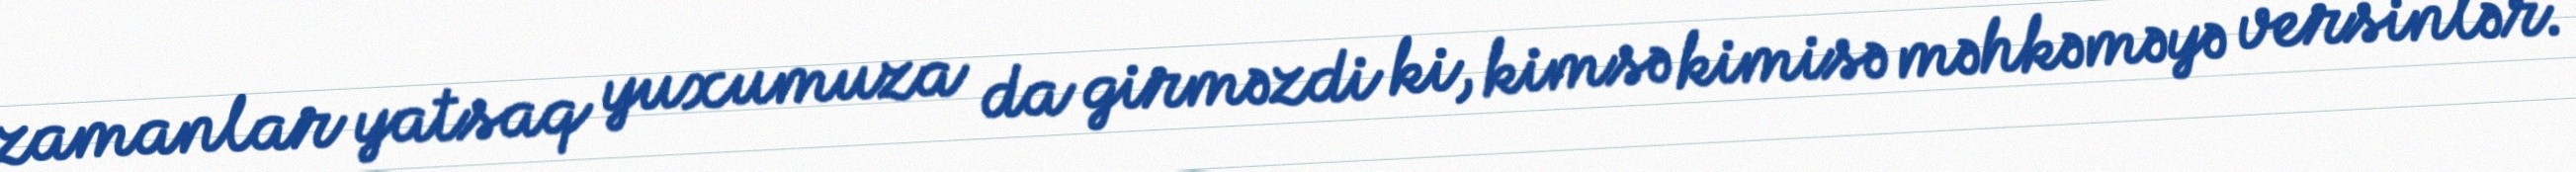
zamanlar yatsaq yuxumuza da girməzdi ki, kimsə kimisə məhkəməyə versinlər.